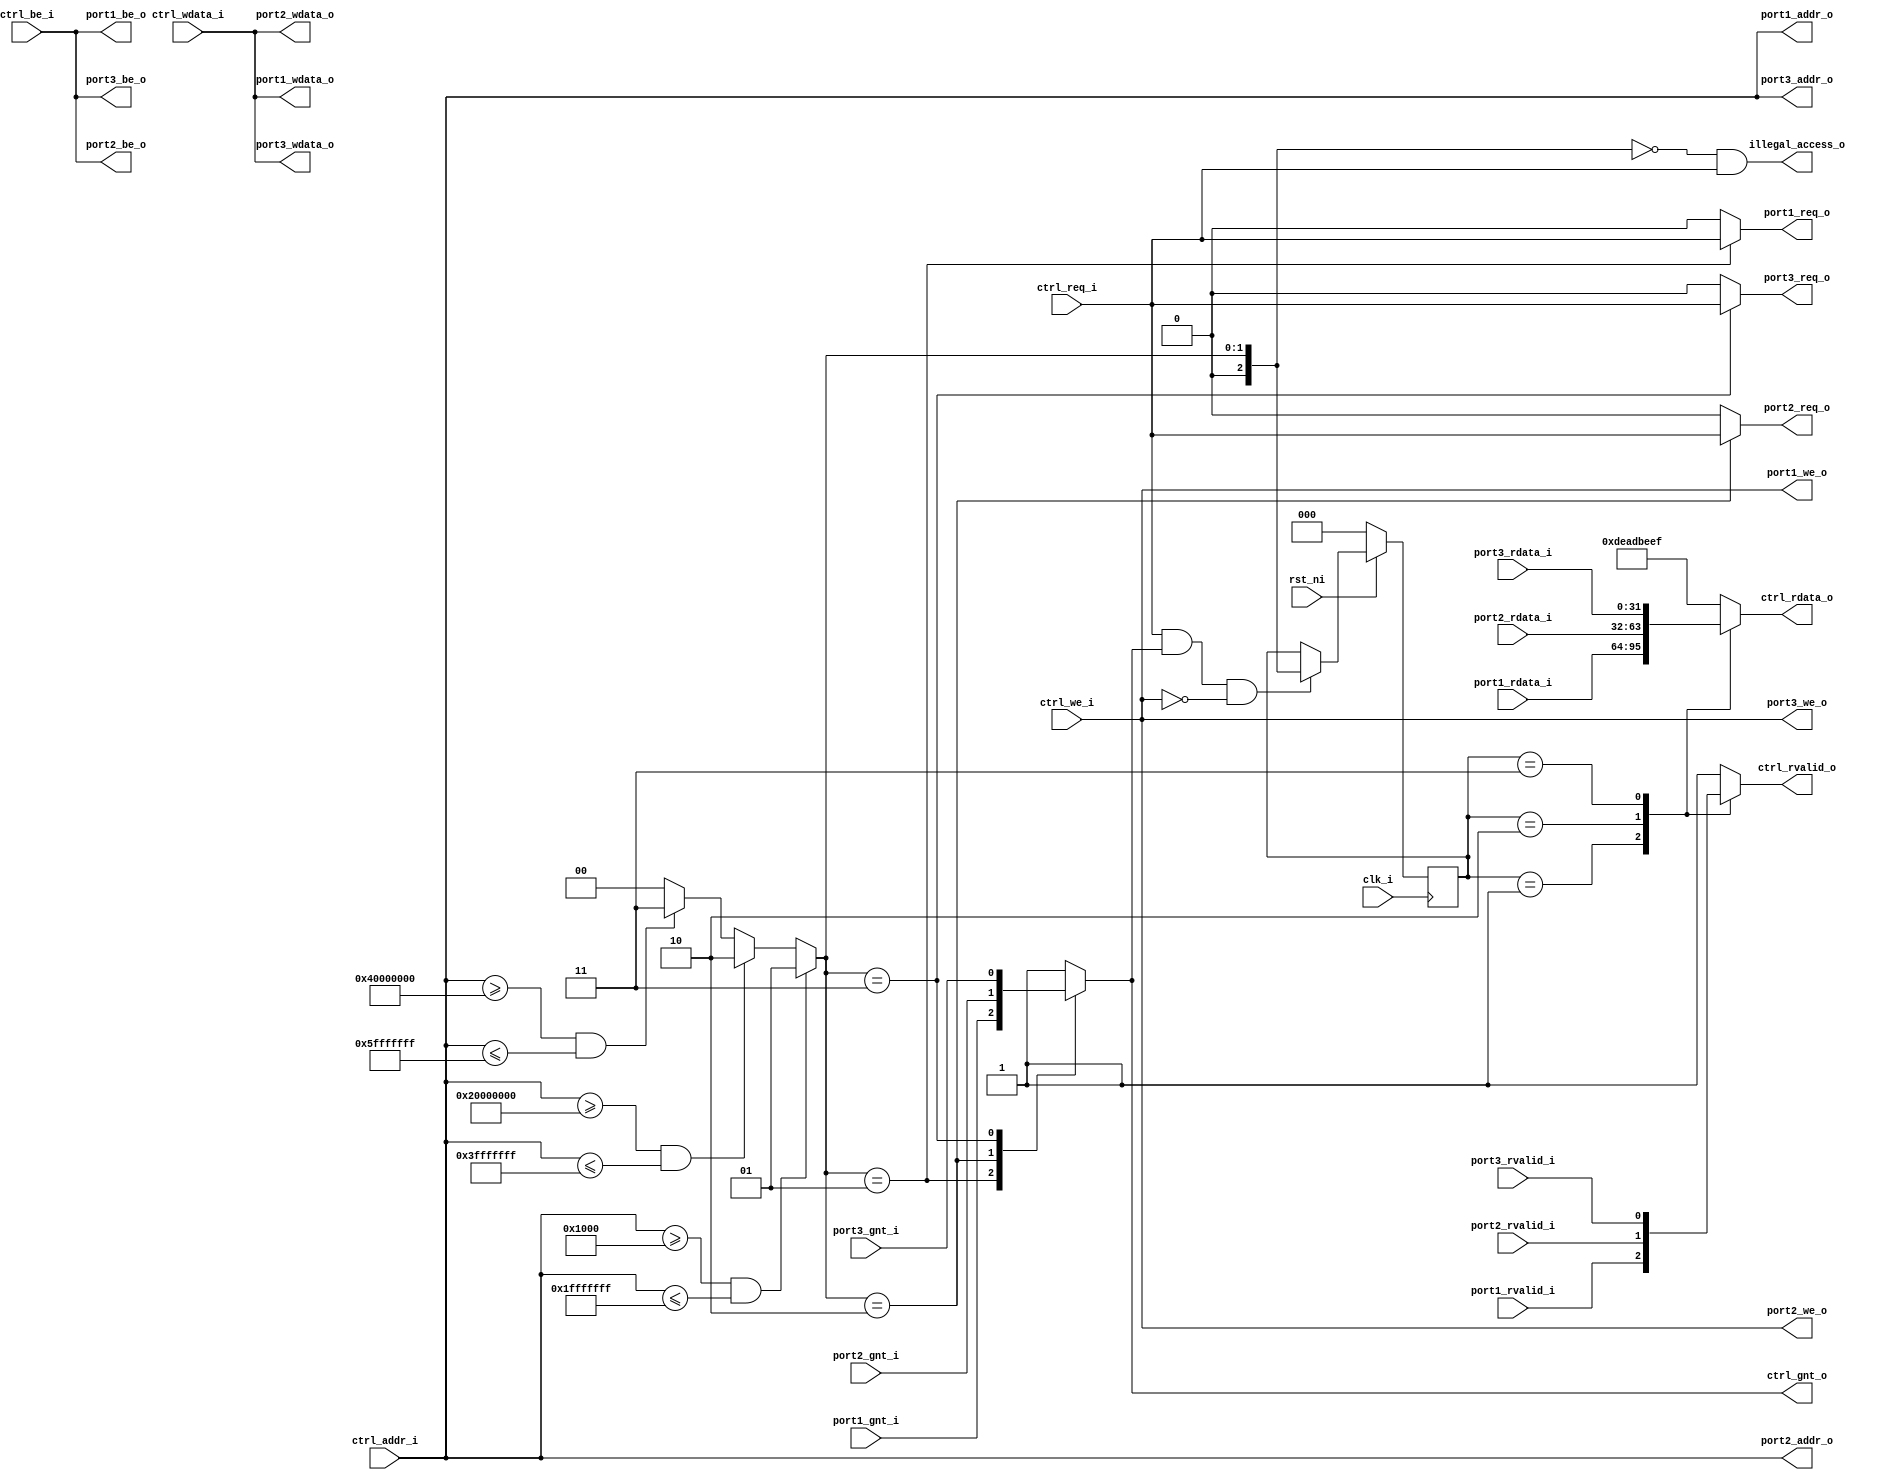
`timescale 1ns/1ps
///////////////////////////////////////////////////////////////////////////////
//
// Module Name: obi_demux_1_to_3
//
// Description: This OBI (Open Bus Interface) demux accepts a single OBI master 
//              device to multiple OBI slave devices. It only supports a single 
//              outstanding read transaction at a time, meaning pipelined reads
//              are not supported.
//
//              It has been fully verified in actual crossbar systems.
//
///////////////////////////////////////////////////////////////////////////////

module obi_demux_1_to_3 #(
        parameter PORT1_BASE_ADDR = 32'h00001000,
        parameter PORT1_END_ADDR  = 32'h1FFFFFFF,
        parameter PORT2_BASE_ADDR = 32'h20000000,
        parameter PORT2_END_ADDR  = 32'h3FFFFFFF,
        parameter PORT3_BASE_ADDR = 32'h40000000,
        parameter PORT3_END_ADDR  = 32'h5FFFFFFF)
(
    input               clk_i,
    input               rst_ni,

    // Controller (Master) OBI interface
    input               ctrl_req_i,
    output reg          ctrl_gnt_o,
    input        [31:0] ctrl_addr_i,
    input               ctrl_we_i,
    input        [3:0]  ctrl_be_i,
    input        [31:0] ctrl_wdata_i,
    output reg          ctrl_rvalid_o,
    output reg   [31:0] ctrl_rdata_o,

    // Port 1 (Slave) OBI interface
    output reg         port1_req_o,
    input               port1_gnt_i,
    output wire  [31:0] port1_addr_o,
    output wire         port1_we_o,
    output wire  [3:0]  port1_be_o,
    output wire  [31:0] port1_wdata_o,
    input               port1_rvalid_i,
    input        [31:0] port1_rdata_i,

    // Port 2 (Slave) OBI interface
    output reg         port2_req_o,
    input               port2_gnt_i,
    output wire  [31:0] port2_addr_o,
    output wire         port2_we_o,
    output wire  [3:0]  port2_be_o,
    output wire  [31:0] port2_wdata_o,
    input               port2_rvalid_i,
    input        [31:0] port2_rdata_i,

    // Port 3 (Slave) OBI interface
    output reg          port3_req_o,
    input               port3_gnt_i,
    output wire  [31:0] port3_addr_o,
    output wire         port3_we_o,
    output wire  [3:0]  port3_be_o,
    output wire  [31:0] port3_wdata_o,
    input               port3_rvalid_i,
    input        [31:0] port3_rdata_i,

    output wire         illegal_access_o
);

    // Address and Response routing mux selections (0 = no route selected!)
    reg[2:0] addr_sel, resp_sel;

    /////////////////////
    // Address Decoder //
    /////////////////////

    // Generate address select signal based on input address
    /* verilator lint_off UNSIGNED */
    /* verilator lint_off CMPCONST */
    always @(*) begin
        if ((ctrl_addr_i >= PORT1_BASE_ADDR) && (ctrl_addr_i <= PORT1_END_ADDR))
            addr_sel = 1;
        else if ((ctrl_addr_i >= PORT2_BASE_ADDR) && (ctrl_addr_i <= PORT2_END_ADDR))
            addr_sel = 2;
        else if ((ctrl_addr_i >= PORT3_BASE_ADDR) && (ctrl_addr_i <= PORT3_END_ADDR))
            addr_sel = 3;
        else
            addr_sel = 0;
    end
    /* verilator lint_on CMPCONST */
    /* verilator lint_on UNSIGNED */

    ///////////////////////////
    // Address Phase Routing //
    ///////////////////////////

    always @(*) begin
        // Multiplex portx_gnt_i to ctrl_gnt_o
        case (addr_sel)
            1: ctrl_gnt_o = port1_gnt_i;
            2: ctrl_gnt_o = port2_gnt_i;
            3: ctrl_gnt_o = port3_gnt_i;
            default: ctrl_gnt_o = 1; // DEADBEEF response
        endcase
    end

    always @(*) begin
        // Demultiplex ctrl_req_i to portx_req_o
        port1_req_o = (addr_sel == 1) ? ctrl_req_i : 1'b0;
        port2_req_o = (addr_sel == 2) ? ctrl_req_i : 1'b0;
        port3_req_o = (addr_sel == 3) ? ctrl_req_i : 1'b0;
    end

    // Assign ctrl signals to all portx outputs
    assign port1_addr_o  = ctrl_addr_i;
    assign port1_wdata_o = ctrl_wdata_i;
    assign port1_be_o    = ctrl_be_i;
    assign port1_we_o    = ctrl_we_i;

    assign port2_addr_o  = ctrl_addr_i;
    assign port2_wdata_o = ctrl_wdata_i;
    assign port2_be_o    = ctrl_be_i;
    assign port2_we_o    = ctrl_we_i;

    assign port3_addr_o  = ctrl_addr_i;
    assign port3_wdata_o = ctrl_wdata_i;
    assign port3_be_o    = ctrl_be_i;
    assign port3_we_o    = ctrl_we_i;

    ////////////////////////////
    // Response Phase Routing //
    ////////////////////////////

    wire accepted;
    assign accepted = ctrl_req_i && ctrl_gnt_o && !ctrl_we_i;

    // Response tracking (resp_sel)
    always @(posedge clk_i) begin
        if (!rst_ni)
            resp_sel <= 0;
        else if (accepted) begin
            resp_sel <= addr_sel;
        end
    end

    always @(*) begin
        // Multiplex portx_rvalid_i to ctrl_rvalid_o based on resp_sel
        case (resp_sel)
            1: ctrl_rvalid_o = port1_rvalid_i;
            2: ctrl_rvalid_o = port2_rvalid_i;
            3: ctrl_rvalid_o = port3_rvalid_i;
            default: ctrl_rvalid_o = 1; // DEADBEEF response
        endcase
    end

    always @(*) begin
        // Multiplex portx_rdata_i to ctrl_rdata_o based on resp_sel
        case (resp_sel)
            1: ctrl_rdata_o = port1_rdata_i;
            2: ctrl_rdata_o = port2_rdata_i;
            3: ctrl_rdata_o = port3_rdata_i;
            default: ctrl_rdata_o = 32'hDEAD_BEEF; // DEADBEEF response
        endcase
    end

    assign illegal_access_o = (addr_sel == 0) && ctrl_req_i;

endmodule